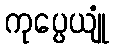
ကုပ္ပေယျုံ